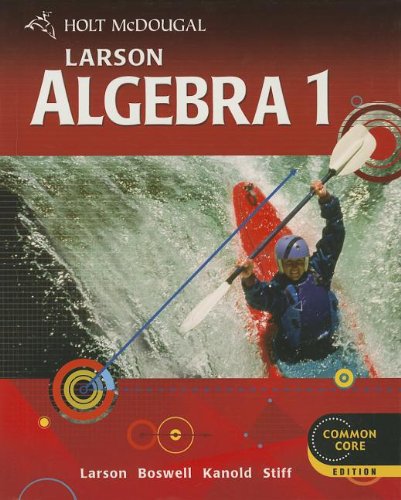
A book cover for Holt McDougal Larson: Algebra 1, Common Core Edition; Ron Larson; Teen & Young Adult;